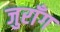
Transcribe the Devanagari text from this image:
जुराँग